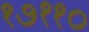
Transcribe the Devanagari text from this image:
१७११०